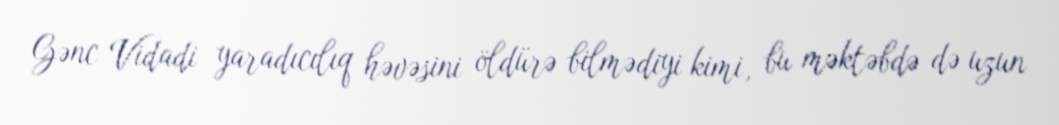
Gənc Vidadi yaradıcılıq həvəsini öldürə bilmədiyi kimi, bu məktəbdə də uzun